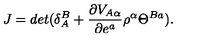
J = d e t ( \delta _ { A } ^ { B } + \frac { \partial V _ { A \alpha } } { \partial e ^ { a } } \rho ^ { \alpha } \Theta ^ { B a } ) .